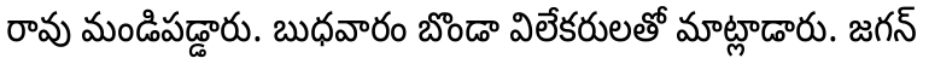
రావు మండిపడ్డారు. బుధవారం బొండా విలేకరులతో మాట్లాడారు. జగన్